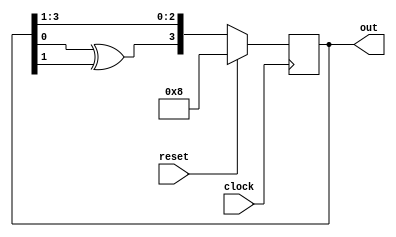
module ring_counter (
      input clock,
      input reset,
      output [3:0] out
    );
 
  reg[3:0] temp;
 
    always @(posedge clock)
      if (reset)
        temp = 4'b1000;
      else
        begin
         temp = {temp[0]^temp[1],temp[3:1]};
        end
    assign out = temp;
 
  endmodule